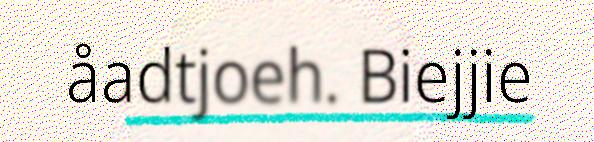
åadtjoeh. Biejjie